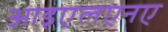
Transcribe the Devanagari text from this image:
आइएलएनए